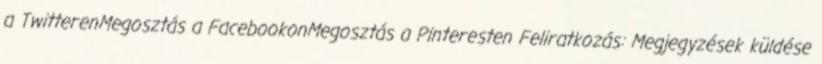
a TwitterenMegosztás a FacebookonMegosztás a Pinteresten Feliratkozás: Megjegyzések küldése